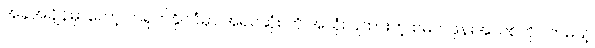
အခုအချိန်မှာတော့ တရုတ်နိုင်ငံမှာ အရင်ဆုံး ကို အသုံးပြုထားတဲ့ စမတ်ဖုန်းအသစ်ကို လာမယ့်